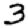
Digit: 3